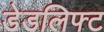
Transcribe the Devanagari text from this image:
डेडलिफ्ट